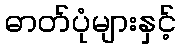
ဓာတ်ပုံများနှင့်